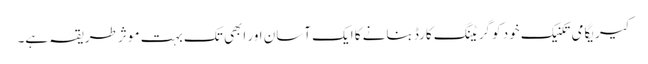
کیریگامی تکنیک خود کو گریٹنگ کارڈ بنانے کا ایک آسان اور ابھی تک بہت موثر طریقہ ہے۔